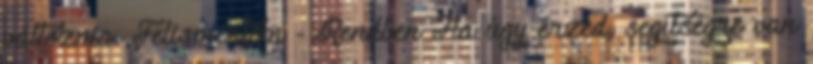
változnia. Felismertem - Rendben Ha úgy érzed, segítségre van